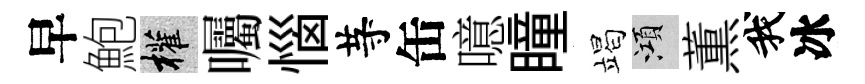
早鮑權囑惱䒭缶噫瞳竭澒薫我冰